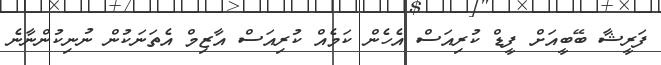
ފަރީޝާ ބޭބީއަށް ފީޑް ކުރިއަސް އެހެން ކަމެއް ކުރިއަސް އާޒިމް އެތަނަކުން ނުނިކުންނާނެ